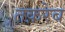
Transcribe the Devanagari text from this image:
तक़रेब